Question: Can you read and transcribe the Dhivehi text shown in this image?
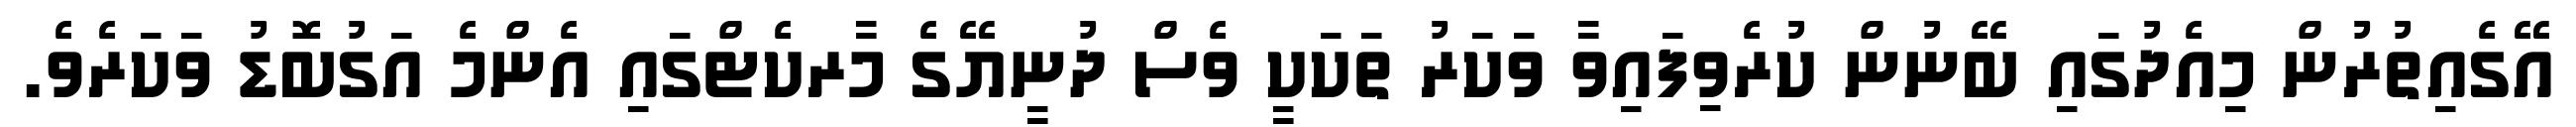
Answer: އޭގެއިތުރުން މިއެދުގައި ބޭނުން ކުރެވިފައިވާ ވަކަރު ތަކަކީ ވެސް ދުނީޔޭގެ މާރކެޓްގައި އެންމެ އަގުބޮޑު ވަކަރެވެ.